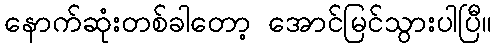
နောက်ဆုံးတစ်ခါတော့ အောင်မြင်သွားပါပြီ။